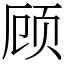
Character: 顾